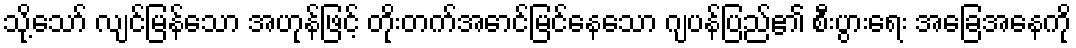
သို့သော် လျင်မြန်သော အဟုန်ဖြင့် တိုးတက်အောင်မြင်နေသော ဂျပန်ပြည်၏ စီးပွားရေး အခြေအနေကို